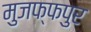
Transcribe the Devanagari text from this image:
मुजफ्फपुर